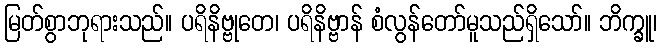
မြတ်စွာဘုရားသည်။ ပရိနိဗ္ဗုတေ၊ ပရိနိဗ္ဗာန် စံလွန်တော်မူသည်ရှိသော်။ ဘိက္ခူ၊